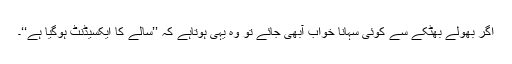
اگر بھولے بھٹکے سے کوئی سہانا خواب آبھی جائے تو وہ یہی ہوتاہے کہ ’’سالے کا ایکسیڈنٹ ہوگیا ہے‘‘۔